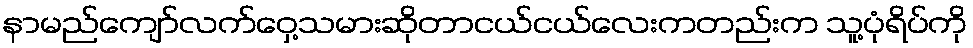
နာမည်ကျော်လက်ဝှေ့သမားဆိုတာငယ်ငယ်လေးကတည်းက သူ့ပုံရိပ်ကို